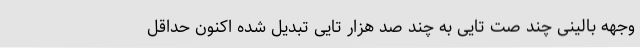
وجهه بالینی چند صت تایی به چند صد هزار تایی تبدیل شده اکنون حداقل